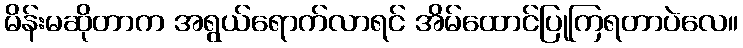
မိန်းမဆိုတာက အရွယ်ရောက်လာရင် အိမ်ထောင်ပြုကြရတာပဲလေ။